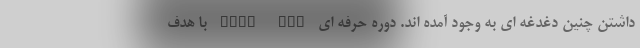
داشتن چنین دغدغه ای به وجود آمده اند. دوره حرفه ای Post DBA با هدف